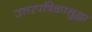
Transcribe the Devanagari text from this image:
उत्तरपत्रिकासुद्धा